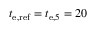
t _ { \mathrm { e , r e f } } = t _ { \mathrm { e } , 5 } = 2 0